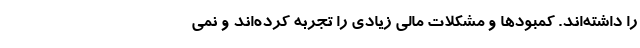
را داشته‌اند. کمبودها و مشکلات مالی زیادی را تجربه کرده‌اند و نمی